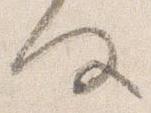
何